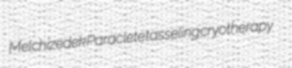
Melchizedek Paraclete tasseling cryotherapy